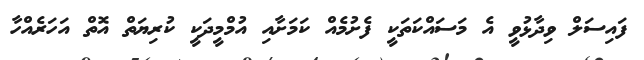
ފައިސަލް ވިދާޅުވީ އެ މަސައްކަތަކީ ފެށުމެއް ކަމަށާއި އުމްމީދަކީ ކުރިޔަތް އޮތް އަހަރެއްހާ